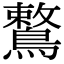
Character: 鷘